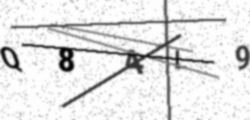
Text: Q84L9